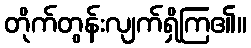
တိုက်တွန်းလျက်ရှိကြ၏။